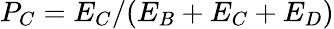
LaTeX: P_{C}=E_{C}/(E_{B}+E_{C}+E_{D})